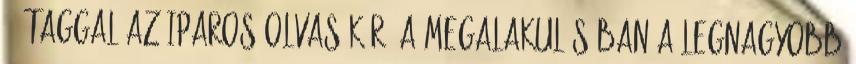
68 taggal az Iparos Olvasókör. A megalakulásában a legnagyobb